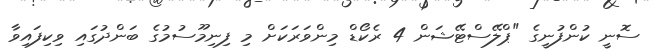
ސޮނީ ކުންފުނީގެ "ޕްލޭސްޓޭޝަން 4 ރެކޯޑް މިންވަރަކަށް މި ފިނިމޫސުމުގެ ބަންދުގައި ވިކިފައިވާ